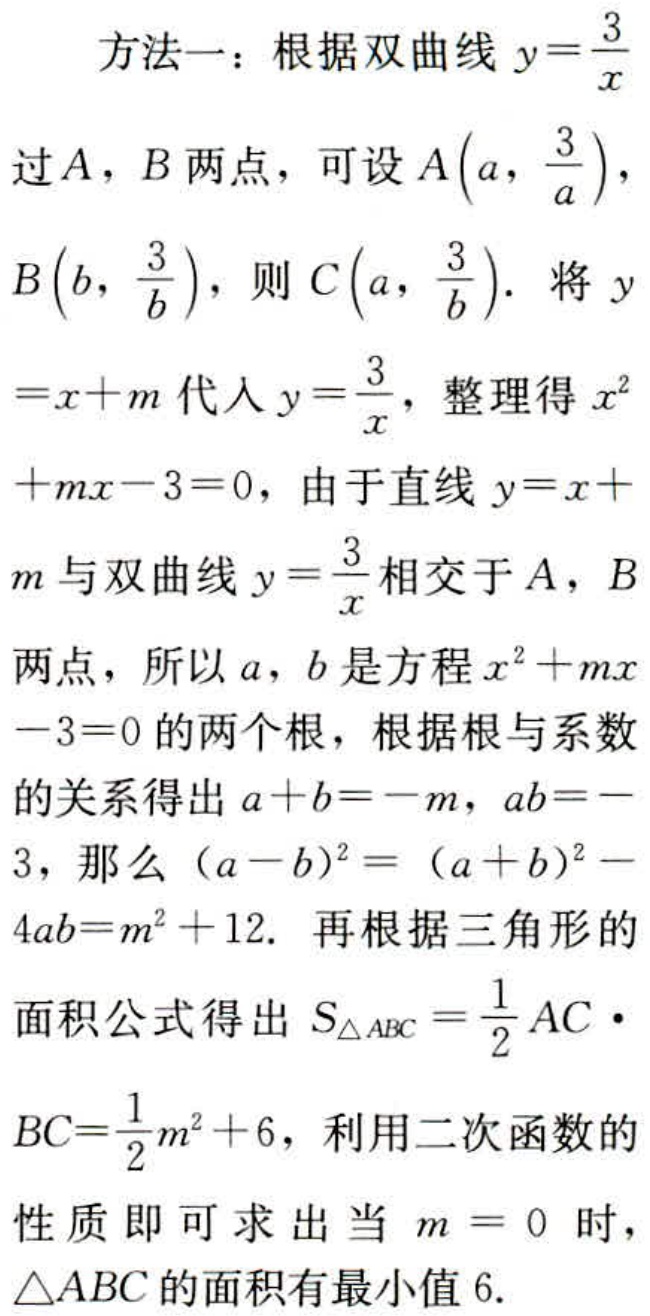
方法一：根据双曲线\(y = \frac{3}{x}\)过\(A\)，\(B\)两点，可设\(A\left(a,\frac{3}{a}\right)\)，\(B\left(b,\frac{3}{b}\right)\)，则\(C\left(a,\frac{3}{b}\right)\). 将\(y=x + m\)代入\(y=\frac{3}{x}\)，整理得\(x^{2}+mx - 3 = 0\)，由于直线\(y=x + m\)与双曲线\(y=\frac{3}{x}\)相交于\(A\)，\(B\)两点，所以\(a\)，\(b\)是方程\(x^{2}+mx - 3 = 0\)的两个根，根据根与系数的关系得出\(a + b=-m\)，\(ab=-3\)，那么\((a - b)^{2}=(a + b)^{2}-4ab=m^{2}+12\). 再根据三角形的面积公式得出\(S_{\triangle ABC}=\frac{1}{2}AC\cdot BC=\frac{1}{2}m^{2}+6\)，利用二次函数的性质即可求出当\(m = 0\)时，\(\triangle ABC\)的面积有最小值\(6\).